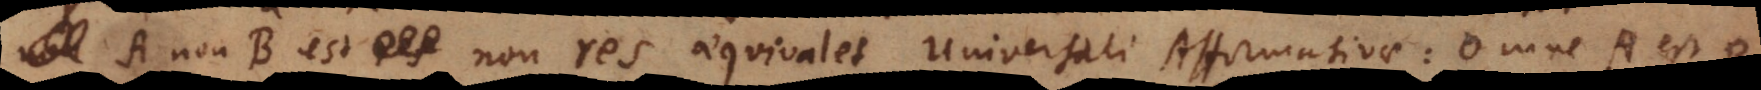
A non‐B est non res aequivalet Universali Affirmativae: Omne A est B.